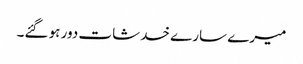
میرے سارے خدشات دور ہو گئے۔